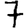
Digit: 7